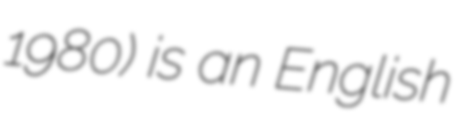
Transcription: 1980) is an English